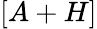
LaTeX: [A+H]